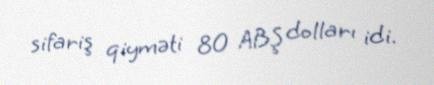
sifariş qiyməti 80 ABŞ dolları idi.